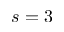
s = 3